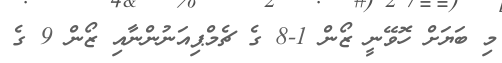
މި ބަޔަށް ހޮވޭނީ ޒޯން 1-8 ގެ ޗެމްޕިއަނުންނާއި ޒޯން 9 ގެ